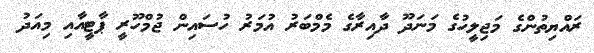
ރައްޔިތުންގެ މަޖިލީހުގެ މަނަދޫ ދާއިރާގެ މެމްބަރު އުމަރު ހުސައިން ޖުމްހޫރީ ޕާޓީއާއި މިއަދު